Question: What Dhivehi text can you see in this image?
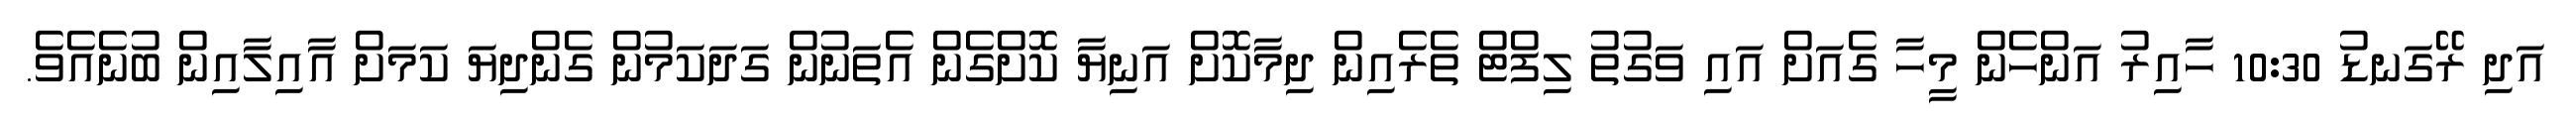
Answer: އަދި ރޭގަނޑު 10:30 ހާއިރު އަންހެން މީހާ ގެއަށް އައި ވަގުތު ލިފްޓް ތެރެއިން ދިމާކޮށް އަނިޔާ ކޮށްގެން އެތަނުން ގަދަކަމުން ގެންދިޔަ ކަމަށް އާއިލާއިން ބުނެއެވެ.